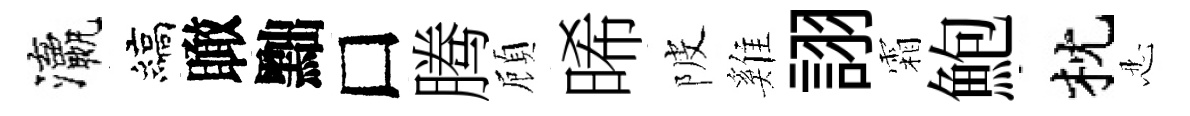
瀛縞瞰黜□腾頋晞陂雞詡霜鮑枕忍